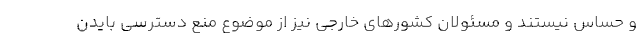
و حساس نیستند و مسئولان کشورهای خارجی نیز از موضوع منع دسترسی بایدن